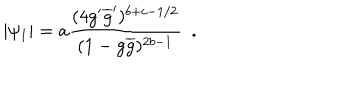
| \psi _ { 1 } | = a \frac { ( 4 g ^ { \prime } \overline { { { g } } } ^ { \prime } ) ^ { b + c - 1 / 2 } } { ( 1 - g \overline { { { g } } } ) ^ { 2 b - 1 } } ~ ~ .